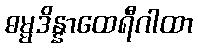
ဓမ္မဒိန္နာထေရီဂါထာ